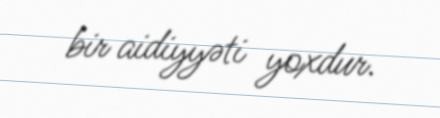
bir aidiyyəti yoxdur.